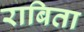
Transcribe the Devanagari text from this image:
राबिता